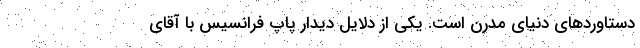
دستاوردهای دنیای مدرن است. یکی از دلایل دیدار پاپ فرانسیس با آقای